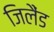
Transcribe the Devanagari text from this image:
जिलैंड